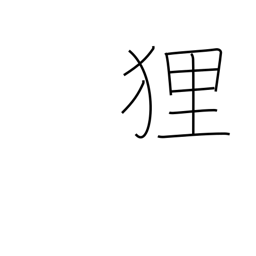
Meaning: raccoon